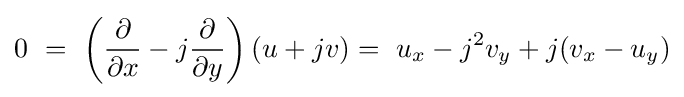
0\ =\ \left({\partial  \over \partial x}-j{\partial  \over \partial y}\right)(u+jv)=\ u_{x}-j^{2}v_{y}+j(v_{x}-u_{y})